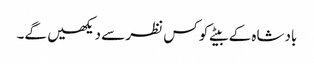
بادشاہ کے بیٹے کو کس نظر سے دیکھیں گے۔